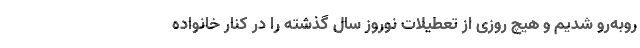
روبه‌رو شدیم و هیچ روزی از تعطیلات نوروز سال گذشته را در کنار خانواده